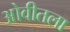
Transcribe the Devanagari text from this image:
ओवीतला